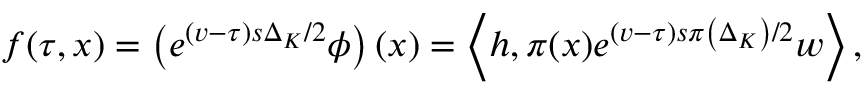
f ( \tau , x ) = \left( e ^ { ( v - \tau ) s \Delta _ { K } / 2 } \phi \right) \left( x \right) = \left\langle h , \pi ( x ) e ^ { ( v - \tau ) s \pi \left( \Delta _ { K } \right) / 2 } w \right\rangle ,